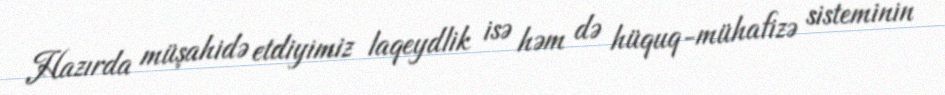
Hazırda müşahidə etdiyimiz laqeydlik isə həm də hüquq-mühafizə sisteminin